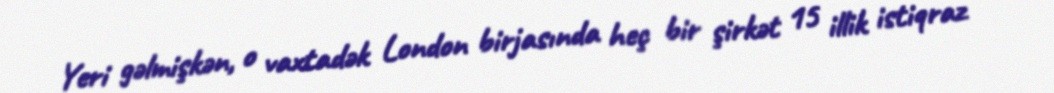
Yeri gəlmişkən, o vaxtadək London birjasında heç bir şirkət 15 illik istiqraz